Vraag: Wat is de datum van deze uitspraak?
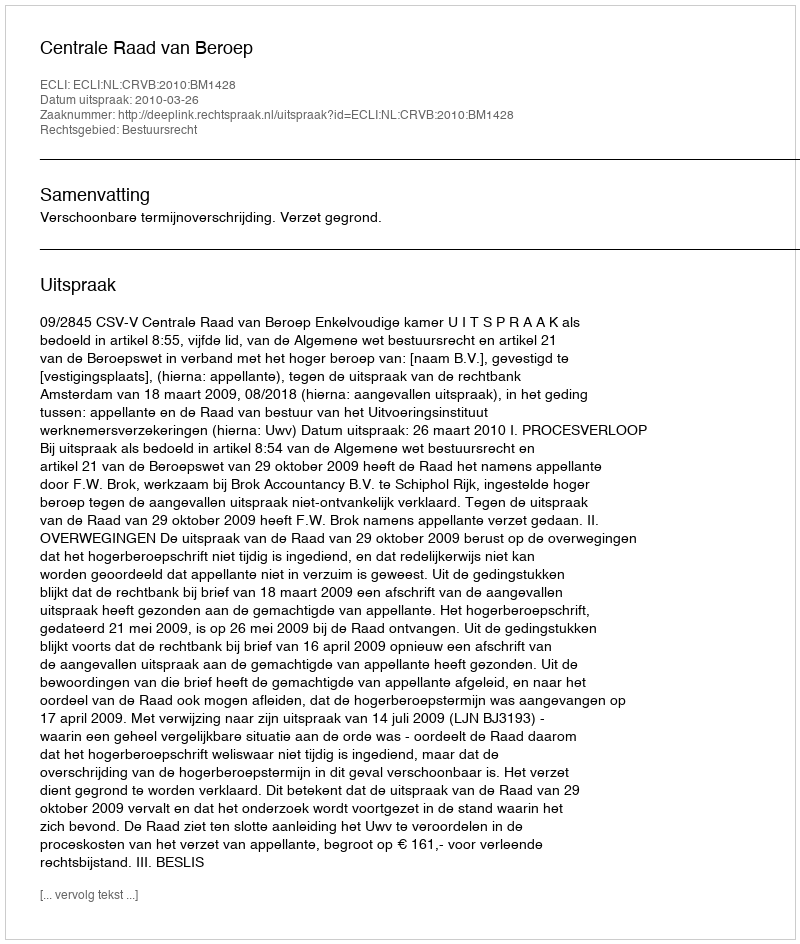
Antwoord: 2010-03-26